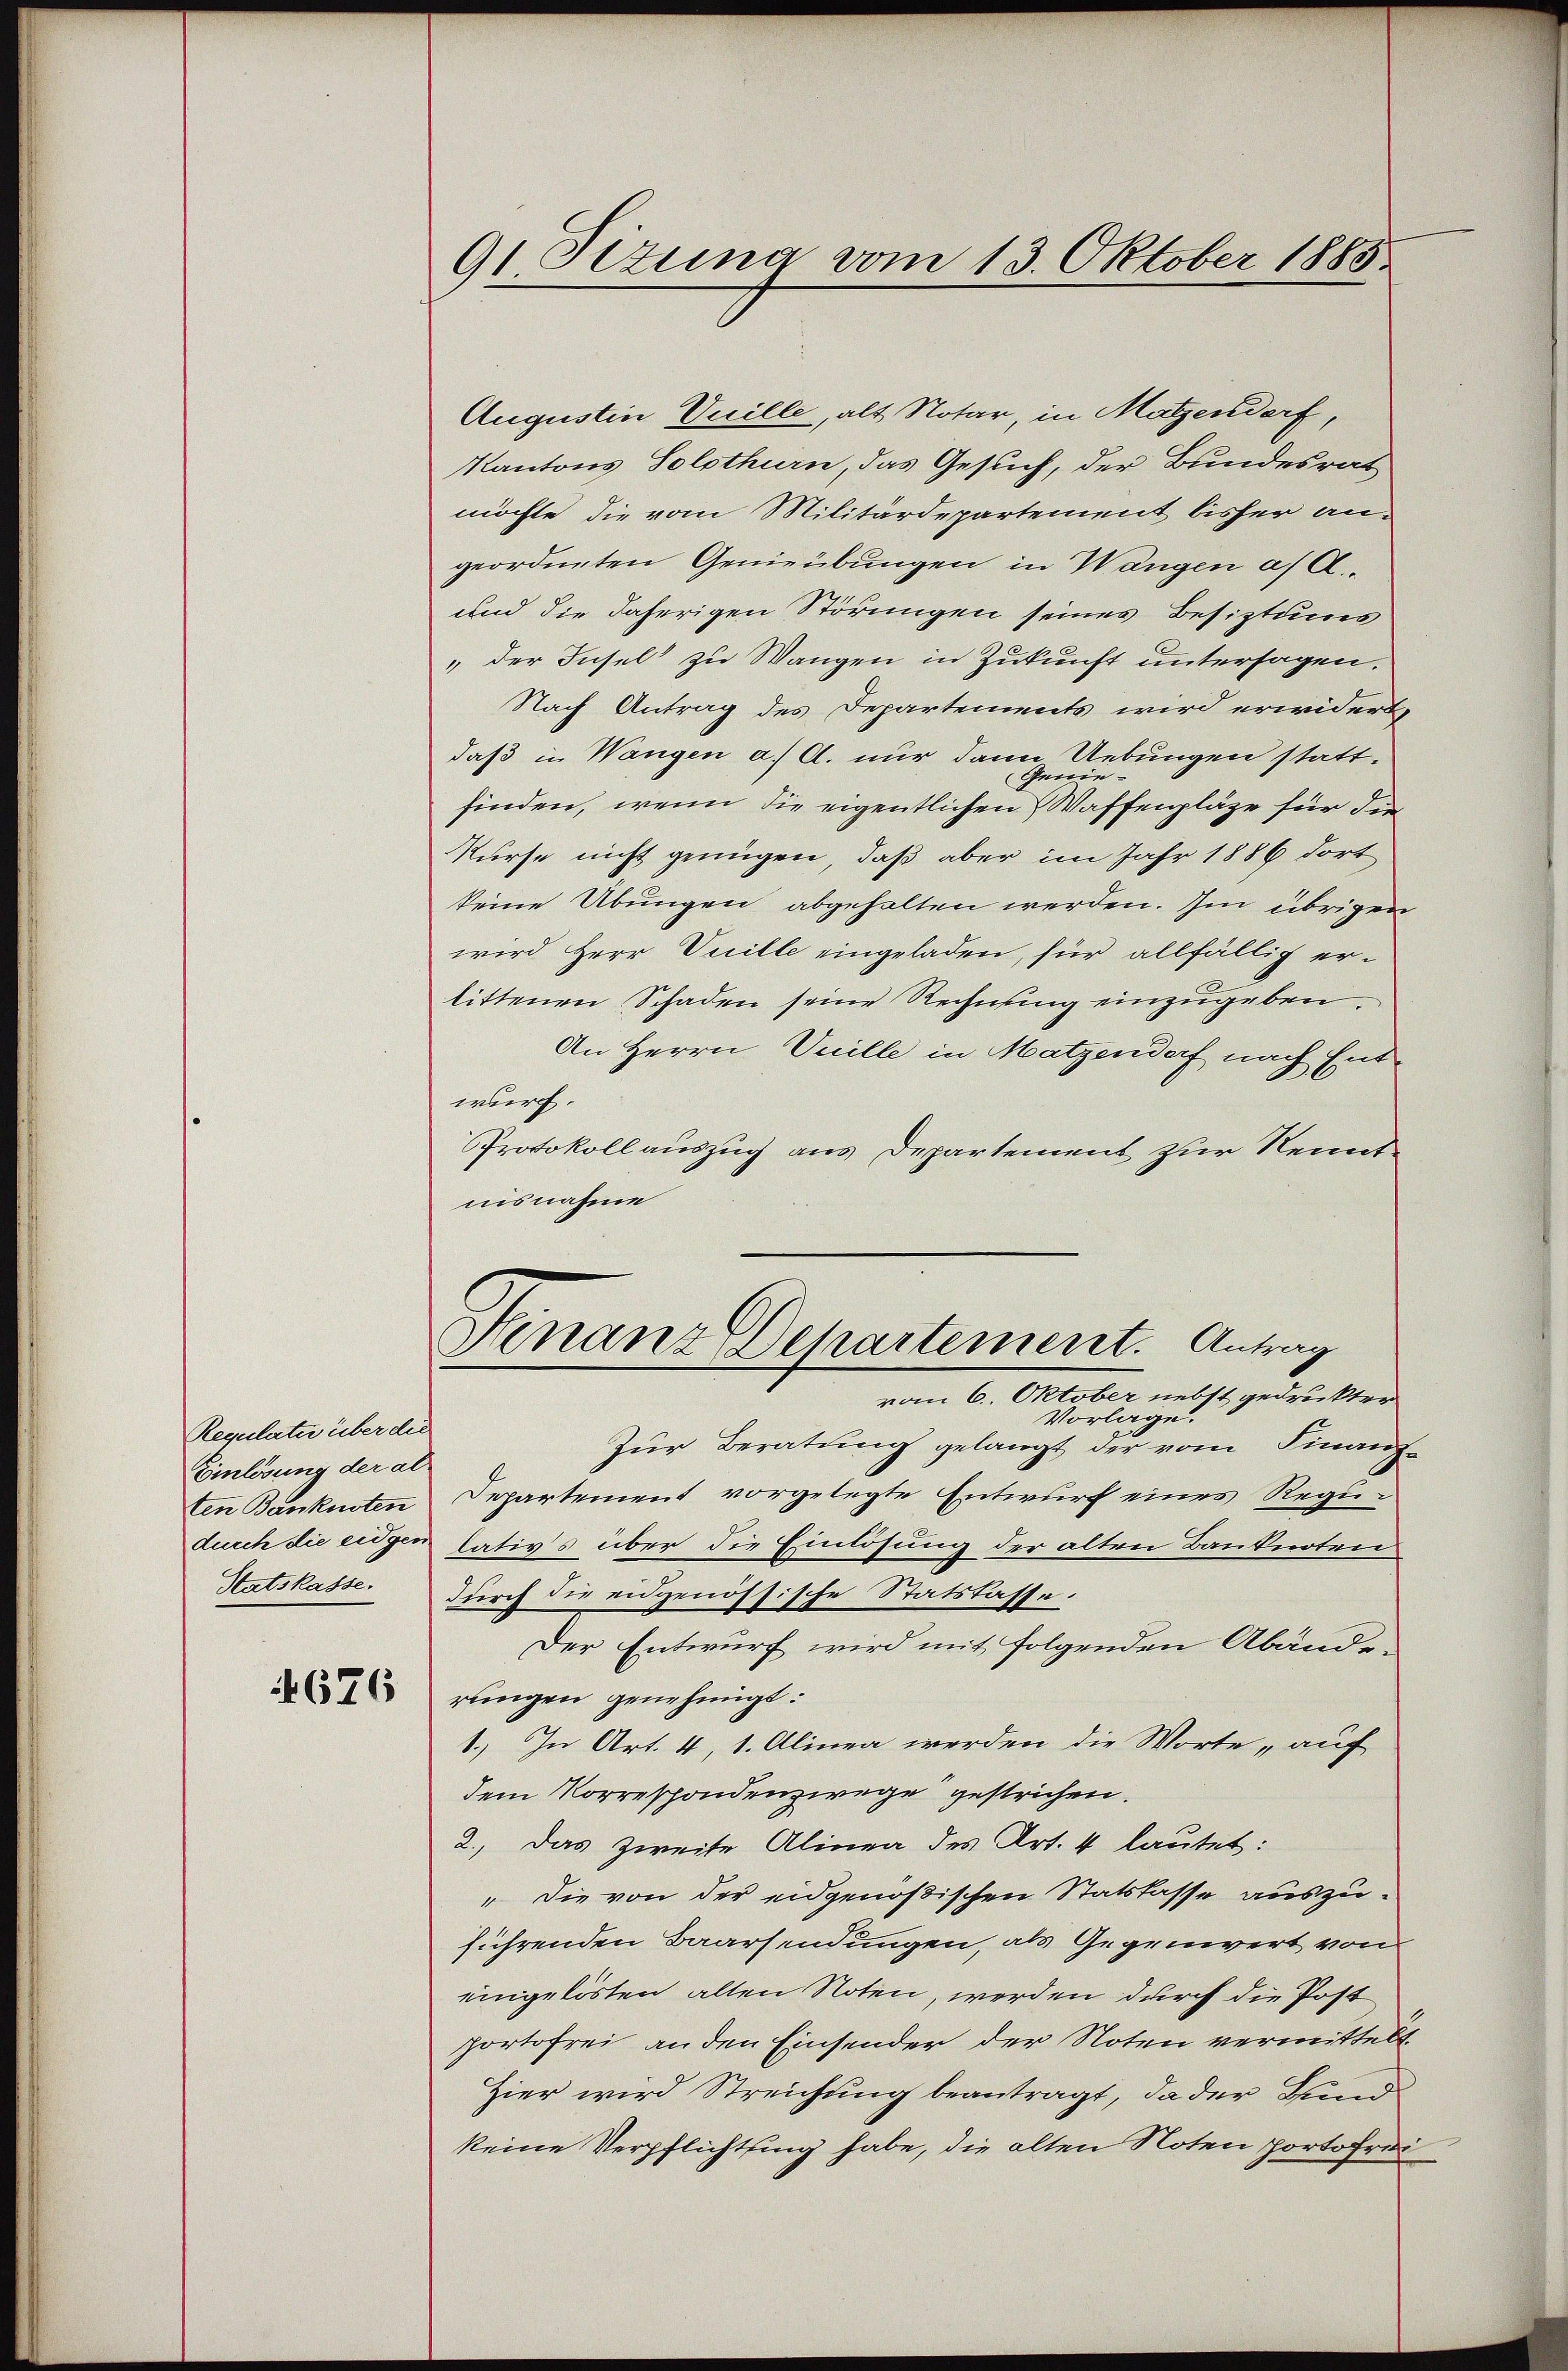
Regulate über die
Einlösung der al
Statskasse.

676

91 Sizung vom 13. Oktober 1885.

Augustin Vuille, als Notar, in Matzendorf,
Kantons Solothurn, das Gesuch, der Bundesrat
möchte die vom Militärdepartement bisher angeordneten Genieübungen in Wangen a/A.
und die daherigen Störungen seines Besiztungs
„der Insel zu Wangen in Zukunft untersagen.
Nach Antrag des Departements wird erwidert,
daß in Wangen a.) Al. nur dann Uebungen statt¬
Geniefinden, wenn die eigentlichen Waffenpläge für die
Kurse nicht genügen, daß aber im Jahr 1886 dort
keine Übungen abgehalten werden. Im übrigen
wird Herr Vuille eingeladen, für allfällig erlittenen Schaden seine Rechnung einzugeben.
An Herrn Vuille in Matzendorf nach Entwurf.
Protokoll auszug aus Departement zur Renntnisnahme
Hinanzdepartement. Antrag
vom 6. Oktober nebst gedruckter
Vorlage.
Zur Beratung gelangt der vom Finanz-
ten Banknoten Departement vorgelegte Entwurf eines Regudurch die eigen lativs über die Einlösung der alten Banknoten
durch die eidgenössische Statslasse.
Der Entwurf wird mit folgenden Abände
rungen genehmigt:
1.) In Art. 4, 1. Alinea werden die Worte „auf
dem Korrespondenzwege gestrichen.
2.) Das Zweite Alinea des Art. 4 lautet:
" die von der eidgenößischen Statskasse auszuführenden Baarsendungen, als Gegenwert von
eingekösten alten Noten, werden durch die Post
portofrei an den Einsender der Noten vermittelt.
Hier wird Streichung beantragt, da der Bund
keine Verpflichtung habe, die alten Noten portofrei